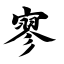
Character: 寥